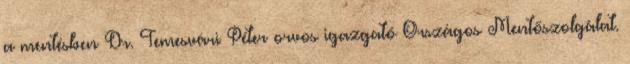
a mentésben Dr. Temesvári Péter orvos igazgató Országos Mentőszolgálat.